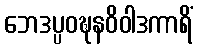
ဘေဒပ္ပဝဍ္ဎနဝိဝါဒကာရိံ